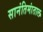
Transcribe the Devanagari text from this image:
सानंतिमांताल